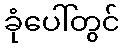
ခုံပေါ်တွင်